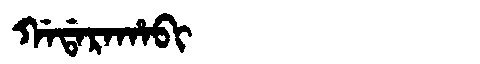
Manchu: ᡤᠠᡩᠠᡵᠠᡥᠠᠪᡳ
Romanization: GADARAHABI